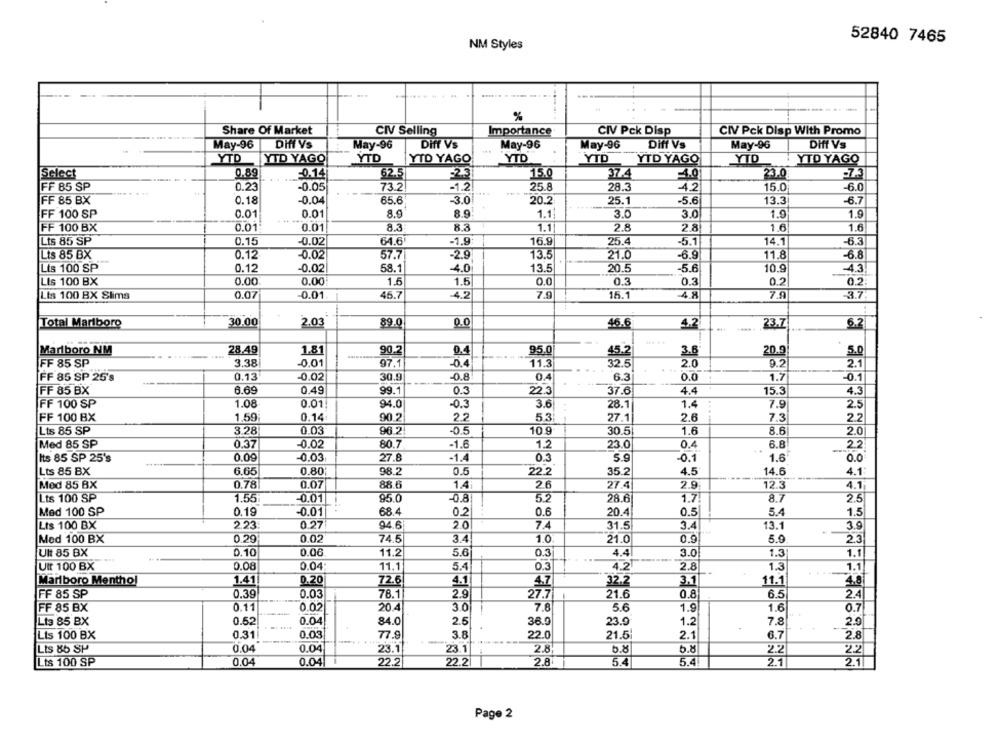
52840 7465
NM Styles
%
Share Of Market
CIV Selling
Importance
CIV Pck Disp
CIV Pck Disp With Promo
May-96
Diff Vs
May-96
Diff Vs
May-96
May-96
Diff Vs
May-96
Diff Vs
YTD
YTD YAGO
YTD
YTD YAGO
YTD
YTD
YTD YAGO
YTD
YTD YAGO
Select
0.89
=0.14
62.5
=2.3
15.0
37.4
F4.0
23.0
FF 85 SP
0.23
-0.05
73.2
-1.2
25.8
28.3
-4.2
15.0
-6.0
FF 85 BX
0.18
-0.04
65.6
-3.0
20.2
25.1
-5.6
13.3
-6.7
FF 100 SP
0.01
0.01
8.9
8.9
1.1
3.0
3.0
1.9
1.9
FF 100 BX
0.01.
0.01
8.3
8.3
1.1
2.8
2.8
1.6
1.6
Lts 85 SP
0.15
-0.02
64.6
-1.9
16.9
25.4
-5.1
14.1
-6.3
Lts 85 BX
0.12
-0.02
57.7
-2.9
13.5
21.0
-6.9
11.8
-6.8
Lis 100 SP
0.12
-0.02
58.1
-4.0
13.5
20.5
-5.6
10.9
-4.3
Lis 100 BX
0.00
0.00
1.5
1.5
0.0
0.3
0.3
0.2
0.2
Lts 100 BX Slims
0.07
-0.01
46.7
4.2
7.9
15.1
4.8
7.9
3.7
Total Marlboro
30.00
2.03
39.0
0.0
46.6
4.2
23.7
6.2
Marlboro NM
28.49
1.81
90.2
0.4
95.0
3.6
20.9
5.0
FF 85 SP
3.38
-0.01
97.1
-0.4
11.3
9.2
32.5
2.0
2.1
FF 85 SP 25's
0.13
-0.02
30.9
-0.8
0.4
6.3
0.0
1.7
-0.1
---
FF 85 BX
6.69
0.49
99.1
0.3
22.3
37.6
4.4
15.3
4.3
FF 100 SP
1.08
0.01
94.0
-0.3
3.6
28.1
1.4
7.9
2.5
0.14
FF 100 BX
1.59
90.2
2.2
5.3
..-
27.1
2.6
7.3
2.2
Lts 85 SP
3.28
0.03
96.2
-0.5
10.9
30.5
1.6
8.6
2.0
Med 85 SP
0.37
-0.02
80.7
-1.6
1.2
23.0
0.4
6.8
2.2
-
Its 85 SP 25's
0.09
-0.03
27.8
-1.4
0.3
5.9
-0.1
1.6
0.0
Lts 85 BX
6.65
0.80
98.2
0.5
22.2
35.2
4.5
14.6
4.1
14
Med 85 BX
0.78
0.07
88.6
2.6
27.4
2.9
12.3
4.1
Lts 100 SP
1.55
-0.8
5.2
28.6
8.7
2.5
-0.01
95.0
1.7
Med 100 SP
0.19
-0.01
68.4
0.2
0.6
20.4
0.5
5.4
1.5
Lts 100 BX
2.23
0.27
94.6
2.0
7.4
31.5
3.4
13.1
39
Med 100 BX
0.29
0.02
74.5
3.4
1.0
21.0
0.9
5.9
2.3
Ult 85 BX
0.10
0.06
11.2
5.6
0.3
4.4
3.0
1.31
1.1
Utt 100 BX
0.08
0.04:
11.1
5.4
0.3
4.2
2.8
1.3
1.1
1.41
Marlboro Menthol
0.20
72.6
4.1
4.7
32.2
3.1
11.1
4.8
FF 85 SP
0.39
0.03
2.9
27.7
21.6
0.8
6.5
2.4
78.1
FF 85 BX
0.11
0.02|
20.4
3.0
7.8
5.6
1.9
1.6
0.7
Lta 85 BX
0.52
0.04!
84.0
2.5
36.9
23.9
1.2
7.8
2.9
Lis 100 BX
0.31
0.03
77.9
3.8
22.0
21.5
2.1
6.7
2.8
Lts 85 SP
0.04
0.04
23.1
23.1
2.8
5.8
5.8
2.2
22
Lts 100 SP
0.04
0.04
22.2
22.2
2.8
5.4
5.4.
2.1
2.1
Page 2